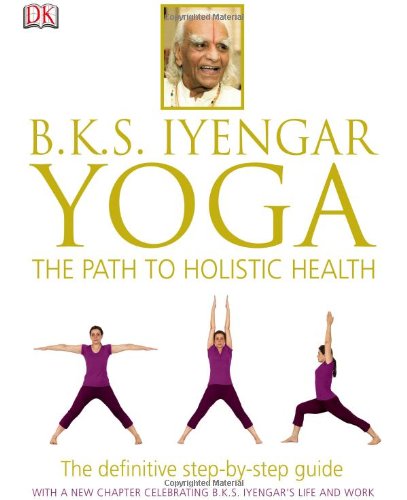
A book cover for B.K.S. Iyengar Yoga: The Path to Holistic Health; B.K.S. Iyengar; Health, Fitness & Dieting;